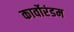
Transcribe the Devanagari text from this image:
कार्वोरंडम